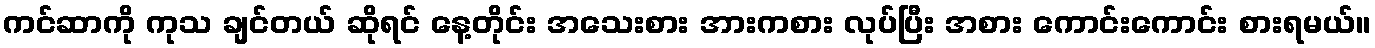
ကင်ဆာကို ကုသ ချင်တယ် ဆိုရင် နေ့တိုင်း အသေးစား အားကစား လုပ်ပြီး အစား ကောင်းကောင်း စားရမယ်။